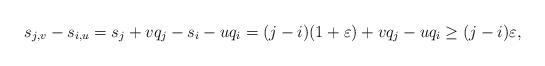
LaTeX: \begin{align*}s_{j,v}-s_{i,u}=s_j + v q_j-s_i- u q_i=(j-i)(1+\varepsilon) + v q_j - uq_i\ge (j-i)\varepsilon,\end{align*}